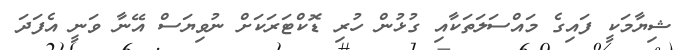
ޝިޔާމަކީ ފައިގެ މައްސަލަތަކާއި ގުޅުން ހުރި ޑޮކްޓަރަކަށް ނުވިޔަސް އޭނާ ވަނީ އެފަދަ